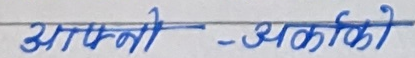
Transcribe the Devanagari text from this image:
आपनो - अर्को